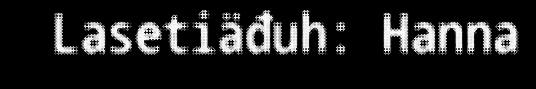
Lasetiäđuh: Hanna